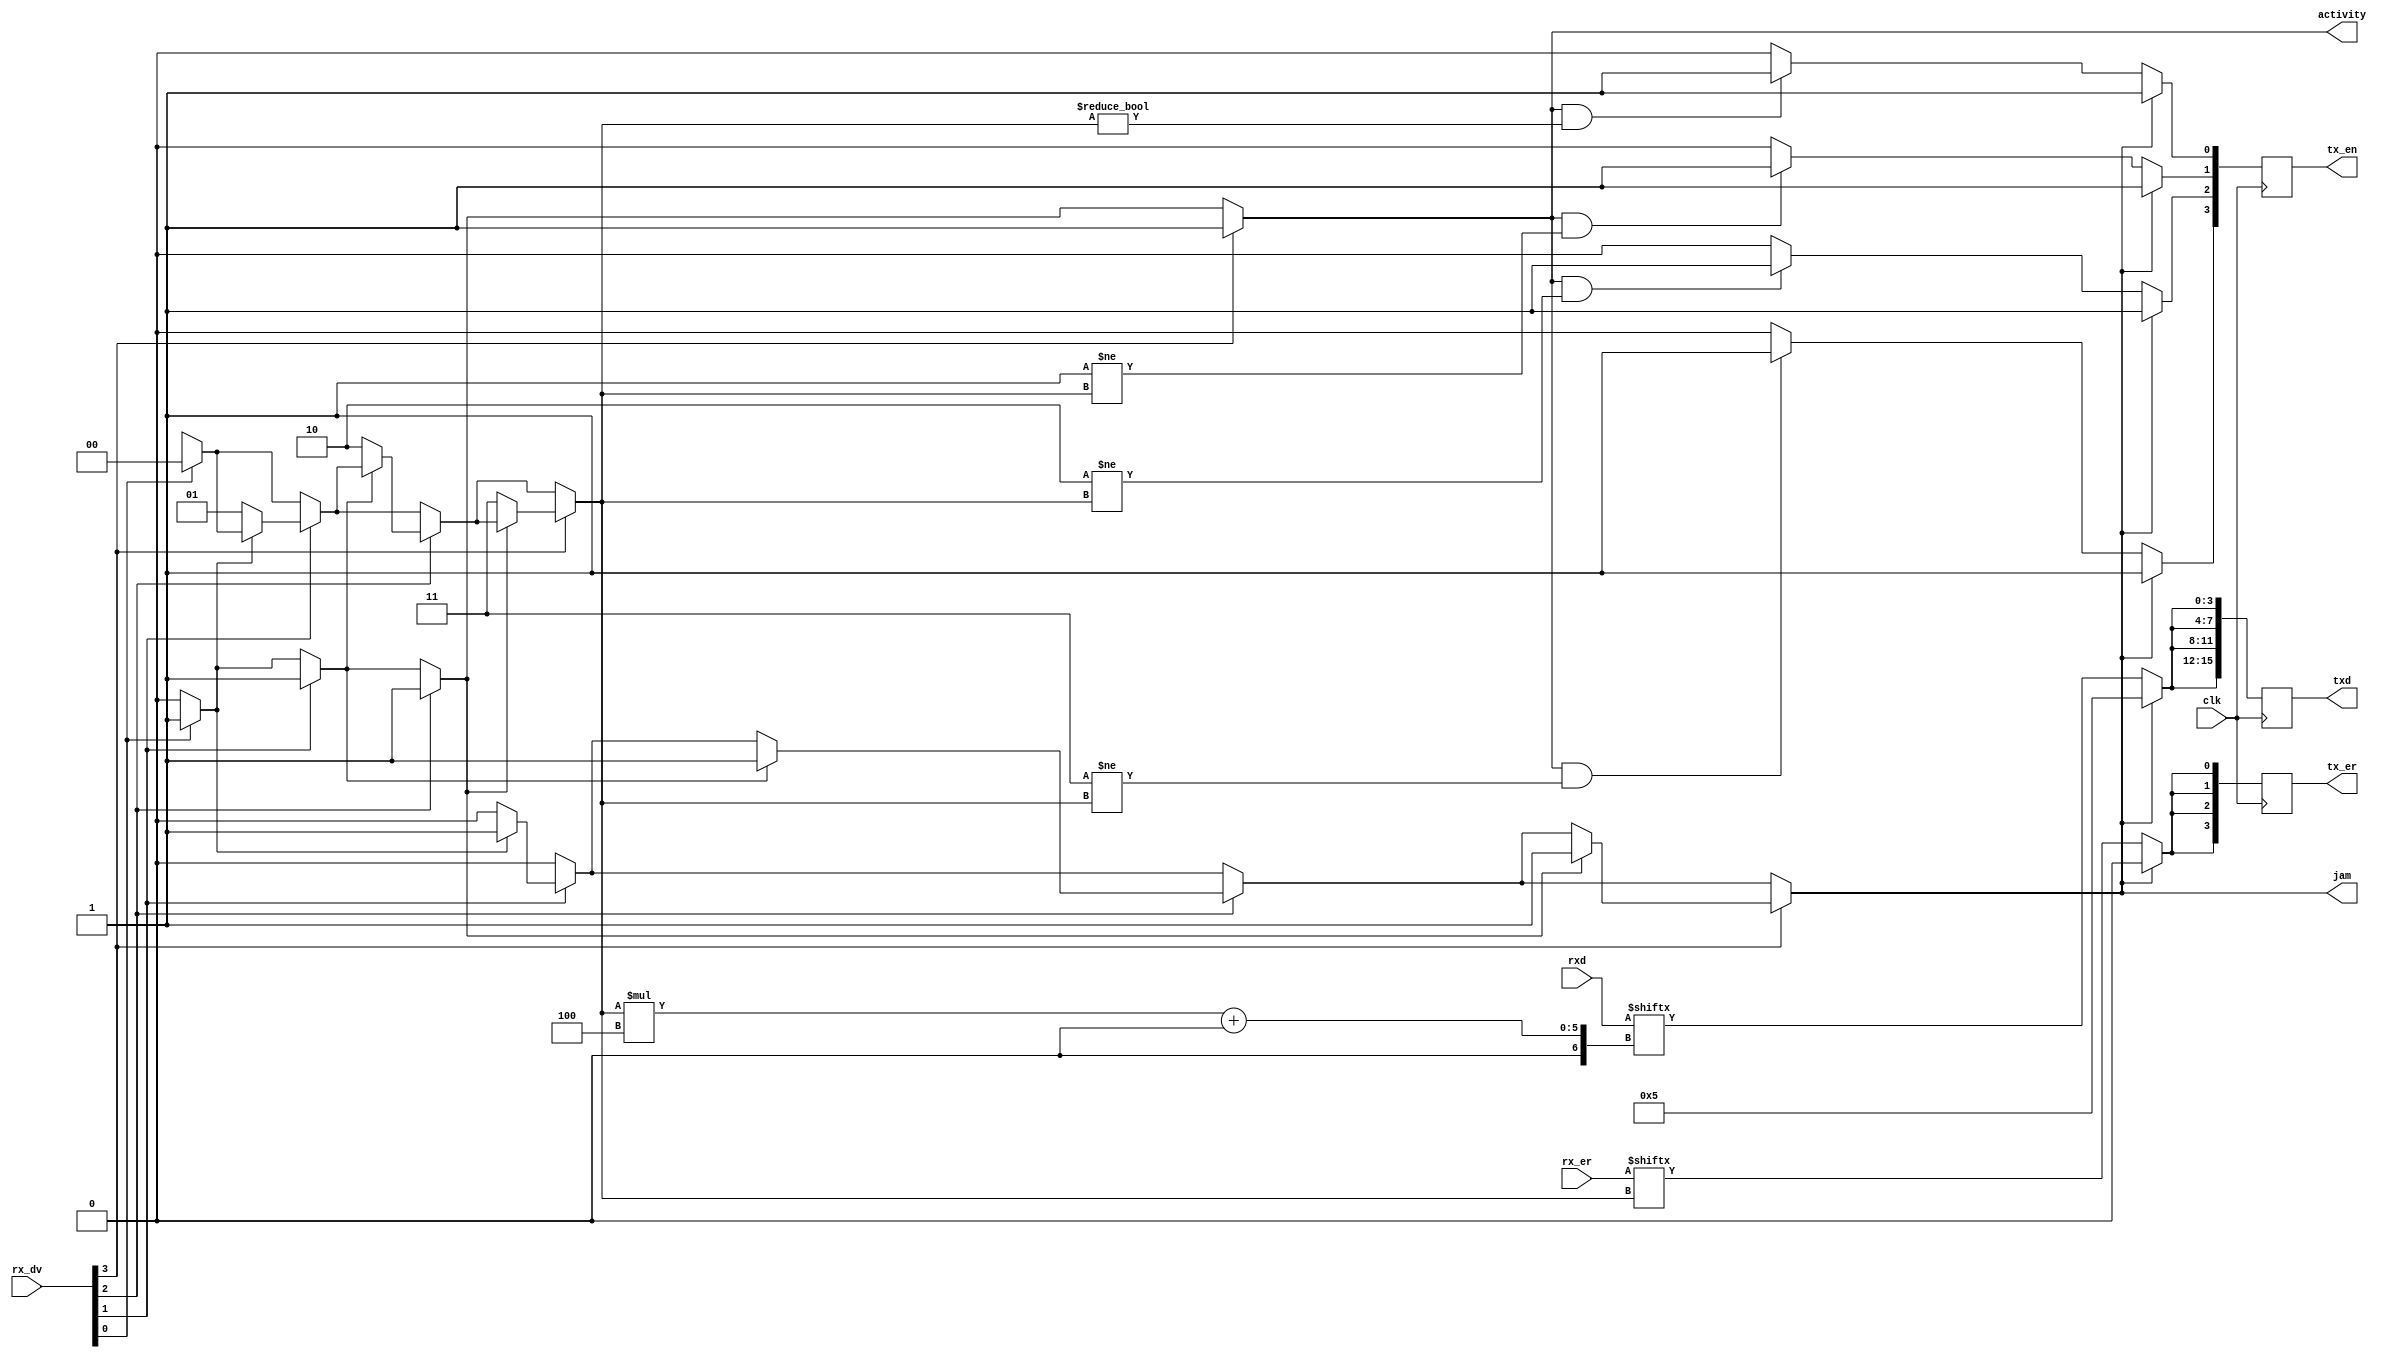
module hub_core (
	input clk,

	/* MII */
	input [PORT_COUNT - 1:0] rx_dv,
	input [PORT_COUNT - 1:0] rx_er,
	input [PORT_COUNT * 4 - 1:0] rxd,

	output reg [PORT_COUNT - 1:0] tx_en,
	output reg [PORT_COUNT - 1:0] tx_er,
	output reg [PORT_COUNT * 4 - 1:0] txd,

	/* Status; combinatorial! */
	output reg jam, activity
);

	parameter PORT_COUNT	= 4;
	localparam PORT_BITS	= $clog2(PORT_COUNT);

	localparam DATA_JAM	= 4'h5;

	integer i;
	reg [PORT_BITS - 1:0] active_port;
	reg [PORT_COUNT - 1:0] tx_en_next, tx_er_next;
	(* mem2reg *)
	reg [3:0] txd_next [PORT_COUNT - 1:0];

	always @(*) begin
		jam = 0;
		activity = 0;
		active_port = {PORT_BITS{1'bx}};
		for (i = 0; i < PORT_COUNT; i = i + 1) begin
			if (rx_dv[i]) begin
				if (activity)
					jam = 1;
				else
					active_port = i;
				activity = 1;
			end
		end

		for (i = 0; i < PORT_COUNT; i = i + 1) begin
			tx_en_next[i] = 0;
			tx_er_next[i] = rx_er[active_port];
			txd_next[i] = rxd[active_port * 4 +: 4];
			if (jam) begin
				tx_en_next[i] = 1;
				tx_er_next[i] = 0;
				txd_next[i] = DATA_JAM;
			end else if (activity && i != active_port) begin
				tx_en_next[i] = 1;
			end
		end
	end

	always @(posedge clk) begin
		tx_en <= tx_en_next;
		tx_er <= tx_er_next;
		for (i = 0; i < PORT_COUNT; i = i + 1)
			txd[i * 4 +: 4] <= txd_next[i];
	end

endmodule